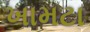
ખામટા